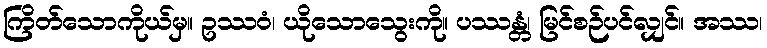
ကြိတ်သောကိုယ်မှ။ ဥဿဝံ၊ ယိုသောသွေးကို။ ပဿန္တံ၊ မြင်စဉ်ပင်လျှင်။ အဿ၊